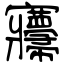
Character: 㝲